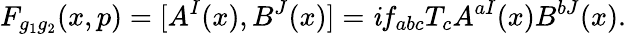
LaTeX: F_{g_{1}g_{2}}(x,p)=[A^{I}(x),B^{J}(x)]=\mathit{i}f_{abc}T_{c}A^{aI}(x)B^{bJ}(x).